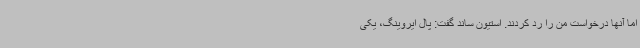
اما آنها درخواست من را رد کردند. استیون ساند گفت:‌ پال ایروینگ، یکی